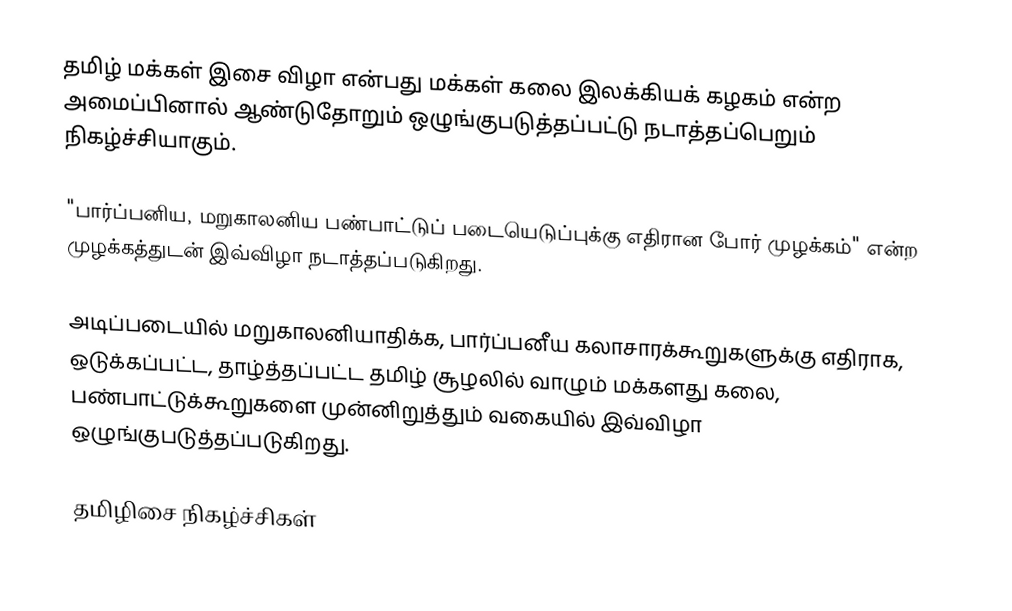
தமிழ் மக்கள் இசை விழா என்பது மக்கள் கலை இலக்கியக் கழகம் என்ற அமைப்பினால் ஆண்டுதோறும் ஒழுங்குபடுத்தப்பட்டு நடாத்தப்பெறும் நிகழ்ச்சியாகும்.

"பார்ப்பனிய, மறுகாலனிய பண்பாட்டுப் படையெடுப்புக்கு எதிரான போர் முழக்கம்" என்ற முழக்கத்துடன் இவ்விழா நடாத்தப்படுகிறது.

அடிப்படையில் மறுகாலனியாதிக்க, பார்ப்பனீய கலாசாரக்கூறுகளுக்கு எதிராக, ஒடுக்கப்பட்ட, தாழ்த்தப்பட்ட தமிழ் சூழலில் வாழும் மக்களது கலை, பண்பாட்டுக்கூறுகளை முன்னிறுத்தும் வகையில் இவ்விழா ஒழுங்குபடுத்தப்படுகிறது.

தமிழிசை நிகழ்ச்சிகள்